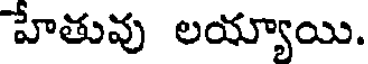
హేతువు లయ్యాయి.